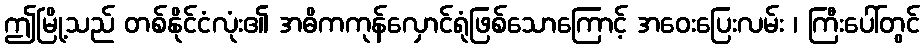
ဤမြို့သည် တစ်နိုင်ငံလုံး၏ အဓိကကုန်လှောင်ရုံဖြစ်သောကြောင့် အဝေးပြေးလမ်း ၊ ကြီးပေါ်တွင်